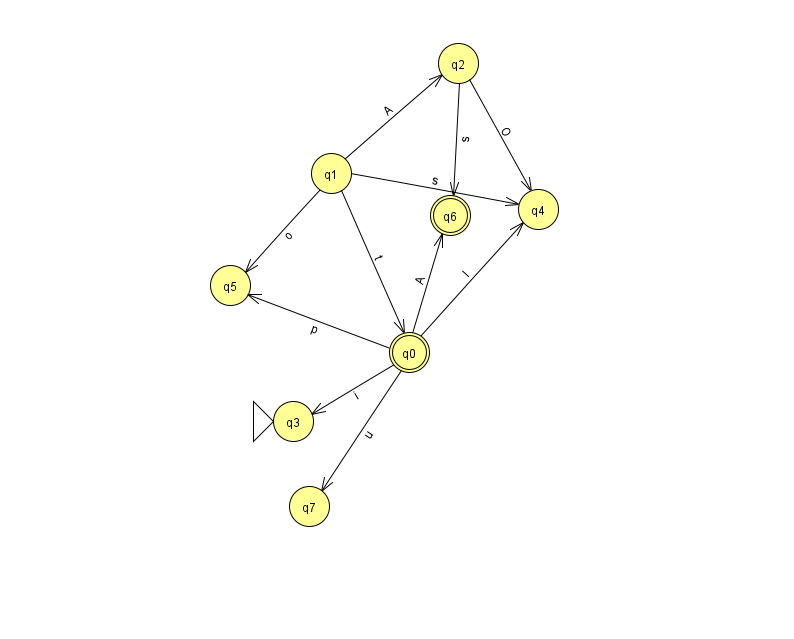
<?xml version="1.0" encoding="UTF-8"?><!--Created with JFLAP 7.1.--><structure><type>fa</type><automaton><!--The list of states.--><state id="0" name="q0"><x>409.0</x><y>339.0</y><final/></state><state id="1" name="q1"><x>331.0</x><y>160.0</y></state><state id="2" name="q2"><x>458.0</x><y>50.0</y></state><state id="3" name="q3"><x>293.0</x><y>408.0</y><initial/></state><state id="4" name="q4"><x>538.0</x><y>196.0</y></state><state id="5" name="q5"><x>230.0</x><y>272.0</y></state><state id="6" name="q6"><x>450.0</x><y>202.0</y><final/></state><state id="7" name="q7"><x>309.0</x><y>493.0</y></state><!--The list of transitions.--><transition><from>0</from><to>4</to><read>I</read></transition><transition><from>0</from><to>5</to><read>p</read></transition><transition><from>0</from><to>7</to><read>u</read></transition><transition><from>1</from><to>0</to><read>t</read></transition><transition><from>0</from><to>3</to><read>i</read></transition><transition><from>2</from><to>6</to><read>s</read></transition><transition><from>0</from><to>6</to><read>A</read></transition><transition><from>1</from><to>4</to><read>s</read></transition><transition><from>2</from><to>4</to><read>O</read></transition><transition><from>1</from><to>2</to><read>A</read></transition><transition><from>1</from><to>5</to><read>o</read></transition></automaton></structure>